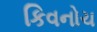
કિવનોચ